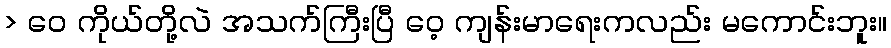
> ဝေ ကိုယ်တို့လဲ အသက်ကြီးပြီ ဝေ့ ကျန်းမာရေးကလည်း မကောင်းဘူး။